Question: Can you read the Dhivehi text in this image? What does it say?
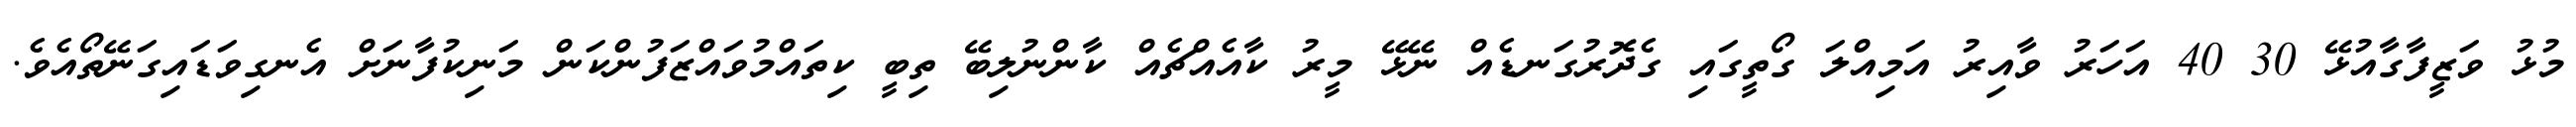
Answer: މުޅު ވަޒީފާގާއުޅޭ 30 40 އަހަރު ވާއިރު އަމިއްލަ ގޯތީގައި ގެދޮރުގަނޑެއް ނޭޅޭ މީރު ކާއެއްޗެއް ކާންނުލިބޭ ތިބީ ކިތައްމުވައްޒަފުންކަން މަނިކުފާނަށް އެނގިވަޑައިގަނޭތޯއެވެ.